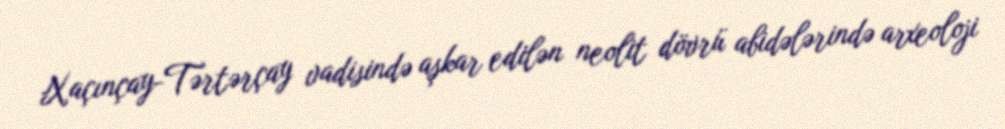
Xaçınçay-Tərtərçay vadisində aşkar edilən neolit dövrü abidələrində arxeoloji